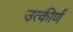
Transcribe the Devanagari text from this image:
उत्कीर्णं